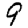
Digit: 9